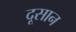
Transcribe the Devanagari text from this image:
दूसान